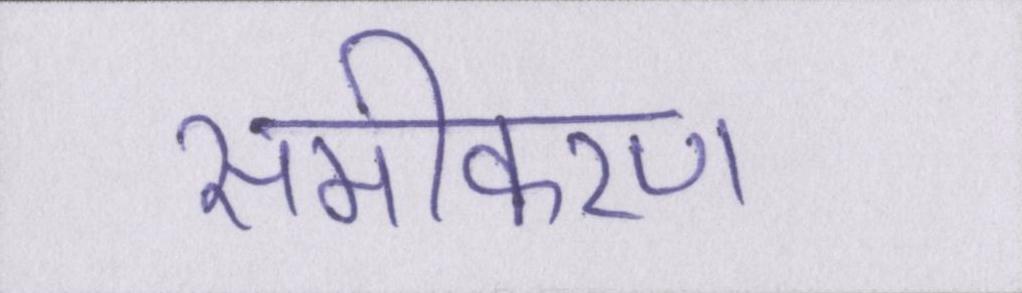
समीकरण